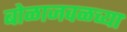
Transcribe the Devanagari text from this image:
बोळाजवळच्या